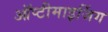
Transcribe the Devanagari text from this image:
ऑप्टीमाइजिंग